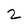
Character: 2